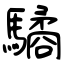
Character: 驈